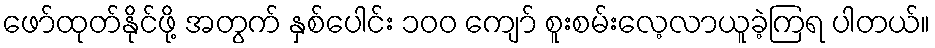
ဖော်ထုတ်နိုင်ဖို့ အတွက် နှစ်ပေါင်း ၁၀၀ ကျော် စူးစမ်းလေ့လာယူခဲ့ကြရ ပါတယ်။